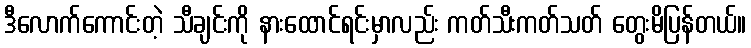
ဒီလောက်ကောင်းတဲ့ သီချင်းကို နားထောင်ရင်းမှာလည်း ကတ်သီးကတ်သတ် တွေးမိပြန်တယ်။